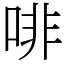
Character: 啡